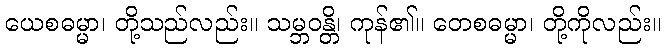
ယေစဓမ္မာ၊ တို့သည်လည်း။ သမ္ဘဝန္တိ၊ ကုန်၏။ တေစဓမ္မာ၊ တို့ကိုလည်း။